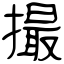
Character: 撮